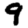
Digit: 9